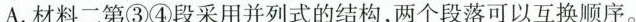
A.材料二第③④段采用并列式的结构，两个段落可以互换顺序。